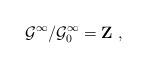
LaTeX: \begin{align*}{\cal G}^\infty /{\cal G}_0^\infty ={\bf Z\ ,}\end{align*}